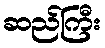
ဆည်ကြီး